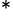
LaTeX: ^\ast